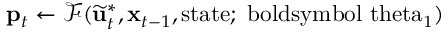
\mathbf { p } _ { t } \gets \mathscr { F } ( \widetilde { \mathbf { u } } _ { t } ^ { * } , \mathbf { x } _ { t - 1 } , \mathrm { { s t a t e } ; \ b o l d s y m b o l { \ t h e t a } _ { 1 } ) }